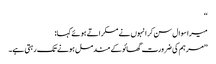
‘‘
میرا سوال سن کر انہوں نے مسکراتے ہوئے کہا:
’’مرہم کی ضرورت گھائو کے مندمل ہونے تک رہتی ہے۔